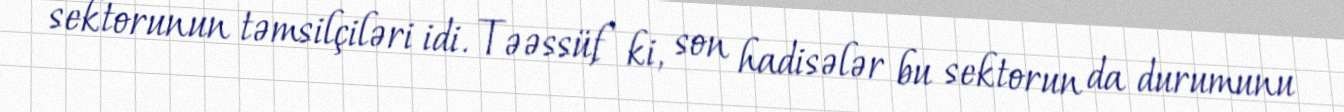
sektorunun təmsilçiləri idi. Təəssüf ki, son hadisələr bu sektorun da durumunu